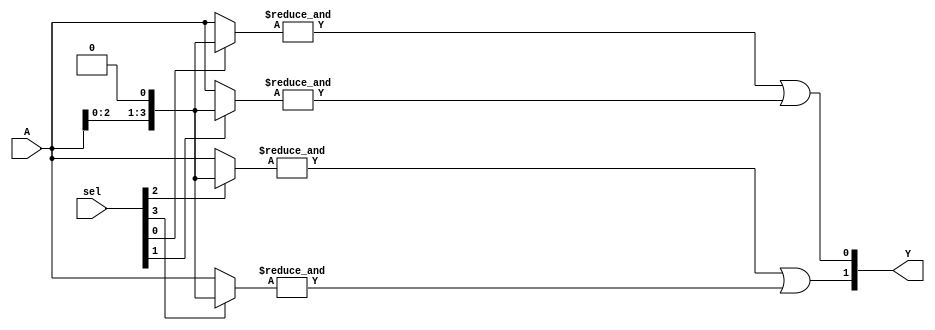
module gpal (
    input wire [N-1:0] A,      // Inputs (A, B, C, etc.)
    input wire [P-1:0] sel,    // Select signals for programming the AND array
    output wire [M-1:0] Y      // Outputs
);
    parameter N = 4;           // Number of inputs
    parameter M = 2;           // Number of outputs (OR gates)
    parameter P = 4;           // Number of AND gates

    // Programmable AND array
    wire [P-1:0] and_out;      // Outputs of the AND gates

    // Implementing the AND gates
    genvar i;
    generate
        for (i = 0; i < P; i = i + 1) begin : and_gates
            wire [N-1:0] and_inputs;
            // Select inputs for each AND gate based on 'sel'
            assign and_inputs = (sel[i] == 1'b1) ? {A, 1'b0} : {1'b0, A}; // Example programming logic
            assign and_out[i] = &and_inputs; // AND operation
        end
    endgenerate

    // Fixed OR array
    assign Y[0] = and_out[0] | and_out[1]; // OR gate 1
    assign Y[1] = and_out[2] | and_out[3]; // OR gate 2
endmodule